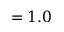
= 1 . 0